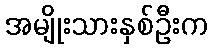
အမျိုးသားနှစ်ဦးက